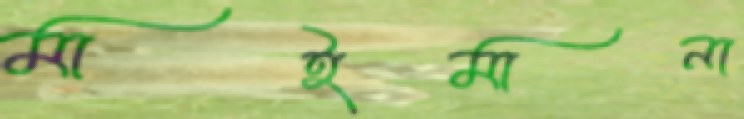
মাইমানা